Source: Handwritten
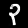
Digit: ၃ (3)